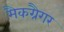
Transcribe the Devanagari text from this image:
मैकग्रैगर